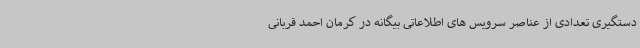
دستگیری تعدادی از عناصر سرویس های اطلاعاتی بیگانه در کرمان احمد قربانی